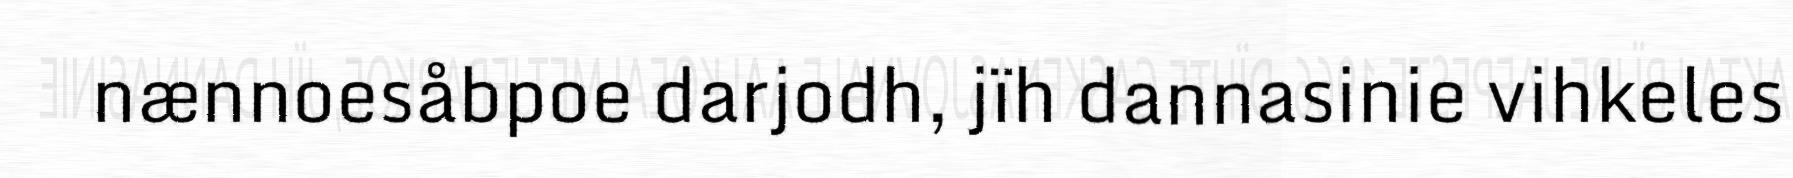
nænnoesåbpoe darjodh, jïh dannasinie vihkeles